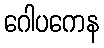
ဂေါပကေန